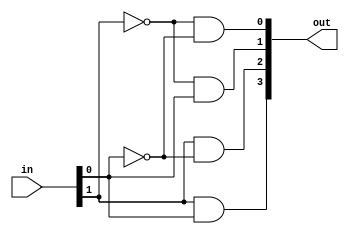
`timescale 1ns / 1ps
//////////////////////////////////////////////////////////////////////////////////
// Company: 
// Engineer: 
// 
// Design Name: 
// Module Name: decoder_2to4_using_gates
// Project Name: 
// Target Devices: 
// Tool Versions: 
// Description: 
// 
// Dependencies: 
// 
// Revision:
// Revision 0.01 - File Created
// Additional Comments:
// 
//////////////////////////////////////////////////////////////////////////////////


module decoder_2to4_using_gates(
   
    input wire [1:0] in,  // 2-bit input
    output wire [3:0] out // 4-bit output
);

// Khai bao data types cho cong not cua 2-bit dau vao
wire not_in0, not_in1;

// Thuc hien cong not
not (not_in0, in[0]);
not (not_in1, in[1]);

// Thuc hien cong and
and (out[0], not_in1, not_in0); // dau vao = 00
and (out[1], not_in1, in[0]);   // dau vao = 01
and (out[2], in[1], not_in0);   // dau vao = 10
and (out[3], in[1], in[0]);     // dau vao = 11


    
endmodule